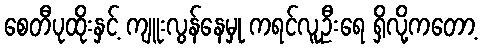
စေတီပုထိုးနှင့် ကျူးလွန်နေမှု ကရင်လူဦးရေ ရှိလို့ကတော့